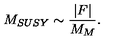
M _ { S U S Y } \sim { \frac { \vert F \vert } { M _ { M } } } .